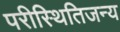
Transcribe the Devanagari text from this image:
परीस्थितिजन्य